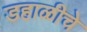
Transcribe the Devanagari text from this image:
डहाळीचे